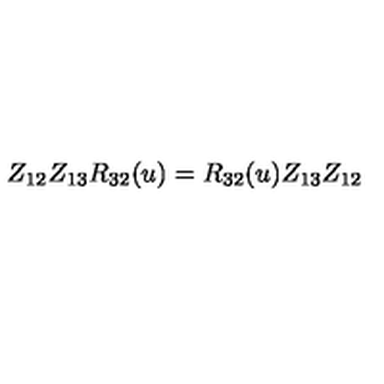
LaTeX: Z _ { 1 2 } Z _ { 1 3 } R _ { 3 2 } ( u ) = R _ { 3 2 } ( u ) Z _ { 1 3 } Z _ { 1 2 }